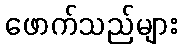
ဖောက်သည်များ